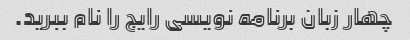
چهار زبان برنامه نویسی رایج را نام ببرید.